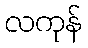
လကုန်